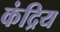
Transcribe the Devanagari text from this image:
कंद्रिय